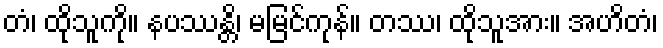
တံ၊ ထိုသူကို။ နပဿန္တိ၊ မမြင်ကုန်။ တဿ၊ ထိုသူအား။ အဟိတံ၊